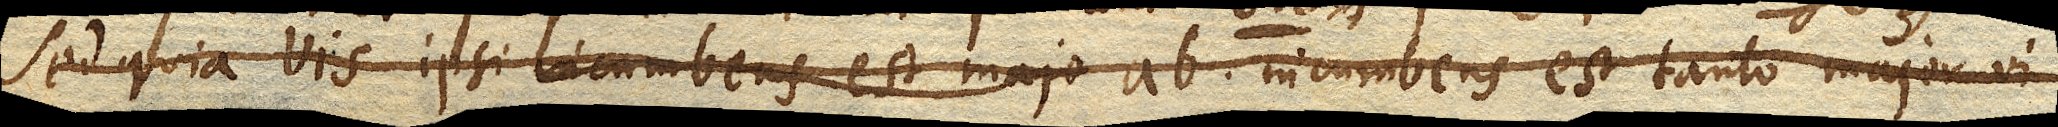
Sed quia vis ipsi incumbens est majo ab. incumbens est tanto major vi